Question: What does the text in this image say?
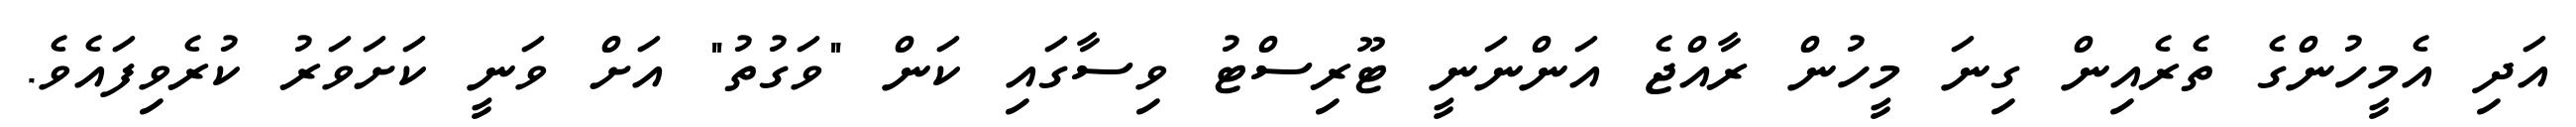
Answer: އަދި އެމީހުންގެ ތެރެއިން ގިނަ މީހުން ރާއްޖެ އަންނަނީ ޓޫރިސްޓު ވިސާގައި ކަން "ވަގުތު" އަށް ވަނީ ކަށަވަރު ކުރެވިފައެވެ.